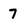
Character: 7